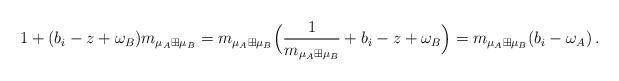
LaTeX: \begin{align*} 1+(b_i-z+\omega_B) m_{\mu_A\boxplus \mu_B}=m_{\mu_A\boxplus \mu_B}\Big(\frac{1}{m_{\mu_A\boxplus \mu_B}}+b_i-z+\omega_B\Big)= m_{\mu_A\boxplus \mu_B}(b_i-\omega_A)\,. \end{align*}